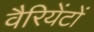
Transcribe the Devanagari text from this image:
वैरियेंटों